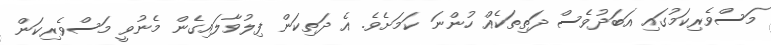
މަސްވެރިކަމުގައި އަބަދުވެސް ދަތިތަކެއް ހުންނަ ކަމަށެވެ. އެ ދަތިކަން ފިލުވާލައިގެން މެނުވީ މަސްވެރިކަން